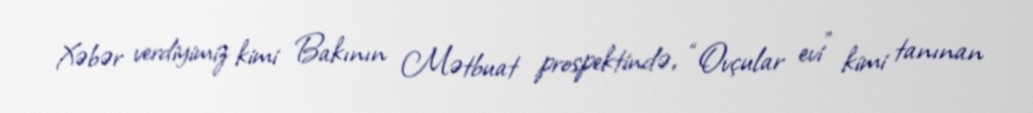
Xəbər verdiyimiz kimi Bakının Mətbuat prospektində, “Ovçular evi” kimi tanınan